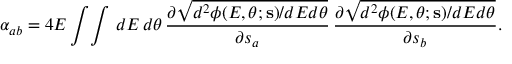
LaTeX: \alpha _ { a b } = 4 { \cal E } \int \! \int \, d E \, d \theta \, \frac { \partial \sqrt { d ^ { 2 } \phi ( E , \theta ; { \bf s } ) / d E d \theta } } { \partial s _ { a } } \, \frac { \partial \sqrt { d ^ { 2 } \phi ( E , \theta ; { \bf s } ) / d E d \theta } } { \partial s _ { b } } .